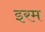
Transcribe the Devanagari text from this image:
इरम